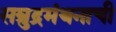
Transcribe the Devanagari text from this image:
सम्रुद्रमंथनाची